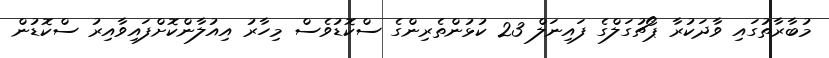
މުބާރާތުގައި ވާދަކުރާ ޕޯޗުގަލްގެ ފައިނަލް 23 ކުޅުންތެރިންގެ ސްކޮޑުވެސް މިހާރު އިއުލާންކޮށްފައިވާއިރު ސްކޮޑުން